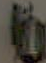
NO